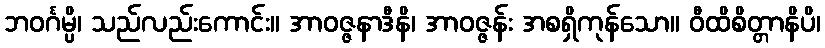
ဘဝင်္ဂမ္ပိ၊ သည်လည်းကောင်း။ အာဝဇ္ဇနာဒီနိ၊ အာဝဇ္ဇန်း အစရှိကုန်သော။ ဝီထိစိတ္တာနိပိ၊